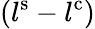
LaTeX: \left(l^{\mathrm{s}}-l^{\mathrm{c}}\right)